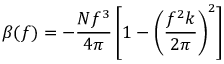
\beta ( f ) = - { \frac { N f ^ { 3 } } { 4 \pi } } \left[ 1 - \left( { \frac { f ^ { 2 } k } { 2 \pi } } \right) ^ { 2 } \right]